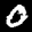
Label: 0